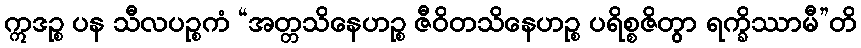
ဣဒဉ္စ ပန သီလပဉ္စကံ “အတ္တသိနေဟဉ္စ ဇီဝိတသိနေဟဉ္စ ပရိစ္စဇိတွာ ရက္ခိဿာမီ”တိ